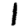
Digit: 1